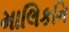
માલિકનિ